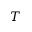
{ \cal T }